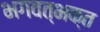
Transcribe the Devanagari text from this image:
भगवत्भक्त